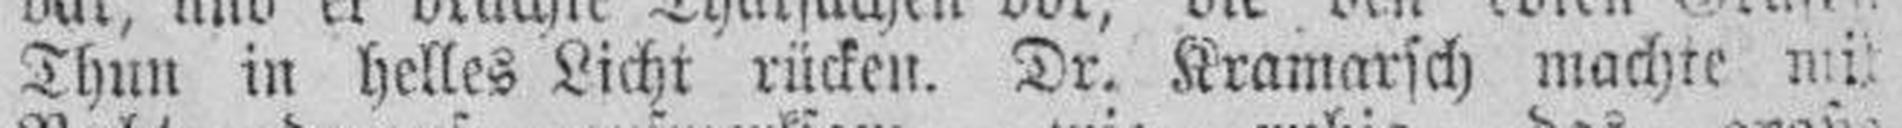
Thun in helles Licht rücken. Dr. Kramarsch machte mi¬